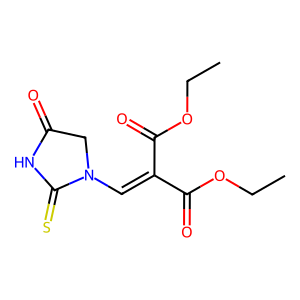
SMILES: CCOC(=O)C(=CN1CC(=O)NC1=S)C(=O)OCC
Inhibits HIV replication: No